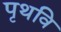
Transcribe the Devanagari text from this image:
पृथवि